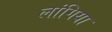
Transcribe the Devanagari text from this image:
लांगिया